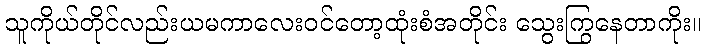
သူကိုယ်တိုင်လည်းယမကာလေးဝင်တော့ထုံးစံအတိုင်း သွေးကြွနေတာကိုး။